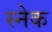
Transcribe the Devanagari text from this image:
स्‍नेक